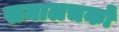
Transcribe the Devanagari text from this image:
समालचकों